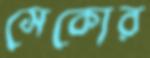
সেকোর